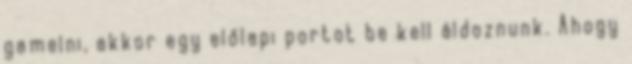
gamelni, akkor egy előlapi portot be kell áldoznunk. Ahogy